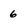
Character: 6